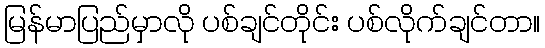
မြန်မာပြည်မှာလို ပစ်ချင်တိုင်း ပစ်လိုက်ချင်တာ။